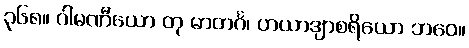
၃၆၈။ ဂါမဏီယော တု မာတင်္ဂ၊ ဟယာဒျာစရိယော ဘဝေ။